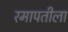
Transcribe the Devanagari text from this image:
रमापतीला